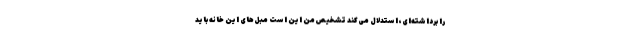
را برداشته‌ای، استدلال می‌کند تشخیص من این است مبل‌های این خانه باید